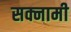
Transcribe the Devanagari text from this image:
सक्नामी